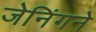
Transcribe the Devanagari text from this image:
जेनिंगने